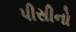
પીસીનો